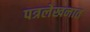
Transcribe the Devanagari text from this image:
पत्रलेखनात